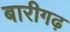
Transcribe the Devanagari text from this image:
बारीगढ़